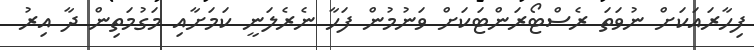
ފިހާރައަކަށް ނުވަތަ ރެސްޓޯރަންޓަކަށް ވަނުމުން ފަހާ ނެރެލަނީ ކަމަށާއި މަގުމަތިން ދާ އިރު